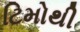
ટિમોથી